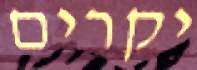
יקרים